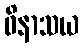
ဝိနာသယ